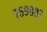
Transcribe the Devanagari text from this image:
७६९००३